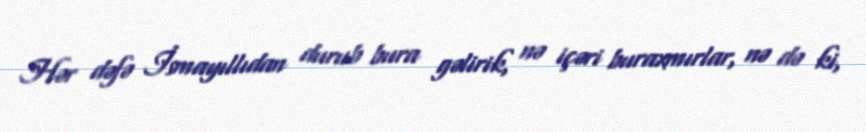
Hər dəfə İsmayıllıdan durub bura gəlirik, nə içəri buraxmırlar, nə də ki,